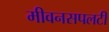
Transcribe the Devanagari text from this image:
मीवनसपलटी